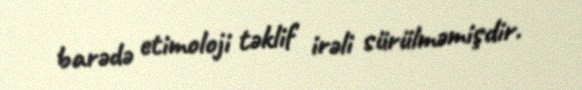
barədə etimoloji təklif irəli sürülməmişdir.